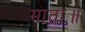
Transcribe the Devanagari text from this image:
माता॥